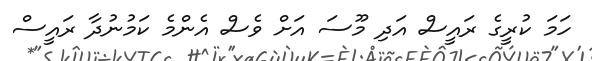
ހަމަ ކުރީގެ ރައީސް އަދި މޫސަ އަށް ވެސް އެންމެ ކަމުނުދާ ރައީސް